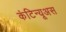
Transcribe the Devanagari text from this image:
कंटिन्यूअस